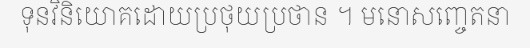
ទុនវិនិយោគដោយប្រថុយប្រថាន ។ មនោសញ្ចេតនា